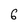
Character: 6